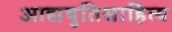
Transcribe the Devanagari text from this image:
आद्यषुतिसाहित्य